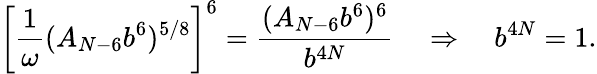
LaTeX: \left[\frac{1}{\omega}(A_{N-6}b^{6})^{5/8}\right]^{6}=\frac{(A_{N-6}b^{6})^{6}}{b^{4N}}\quad\Rightarrow\quad b^{4N}=1.